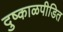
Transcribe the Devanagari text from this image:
दुष्काळपीडित